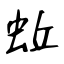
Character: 蚯